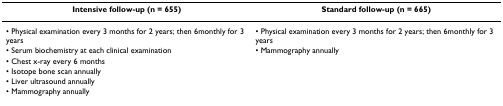
| Intensive follow-up (n = 655) | Standard follow-up (n = 665) |
 | --- | --- |
 | • Physical examination every 3 months for 2 years; then 6monthly for 3 years | • Physical examination every 3 months for 2 years; then 6monthly for 3 years |
 | • Serum biochemistry at each clinical examination | • Mammography annually |
 | • Chest x-ray every 6 months |  |
 | • Isotope bone scan annually |  |
 | • Liver ultrasound annually |  |
 | • Mammography annually |  |